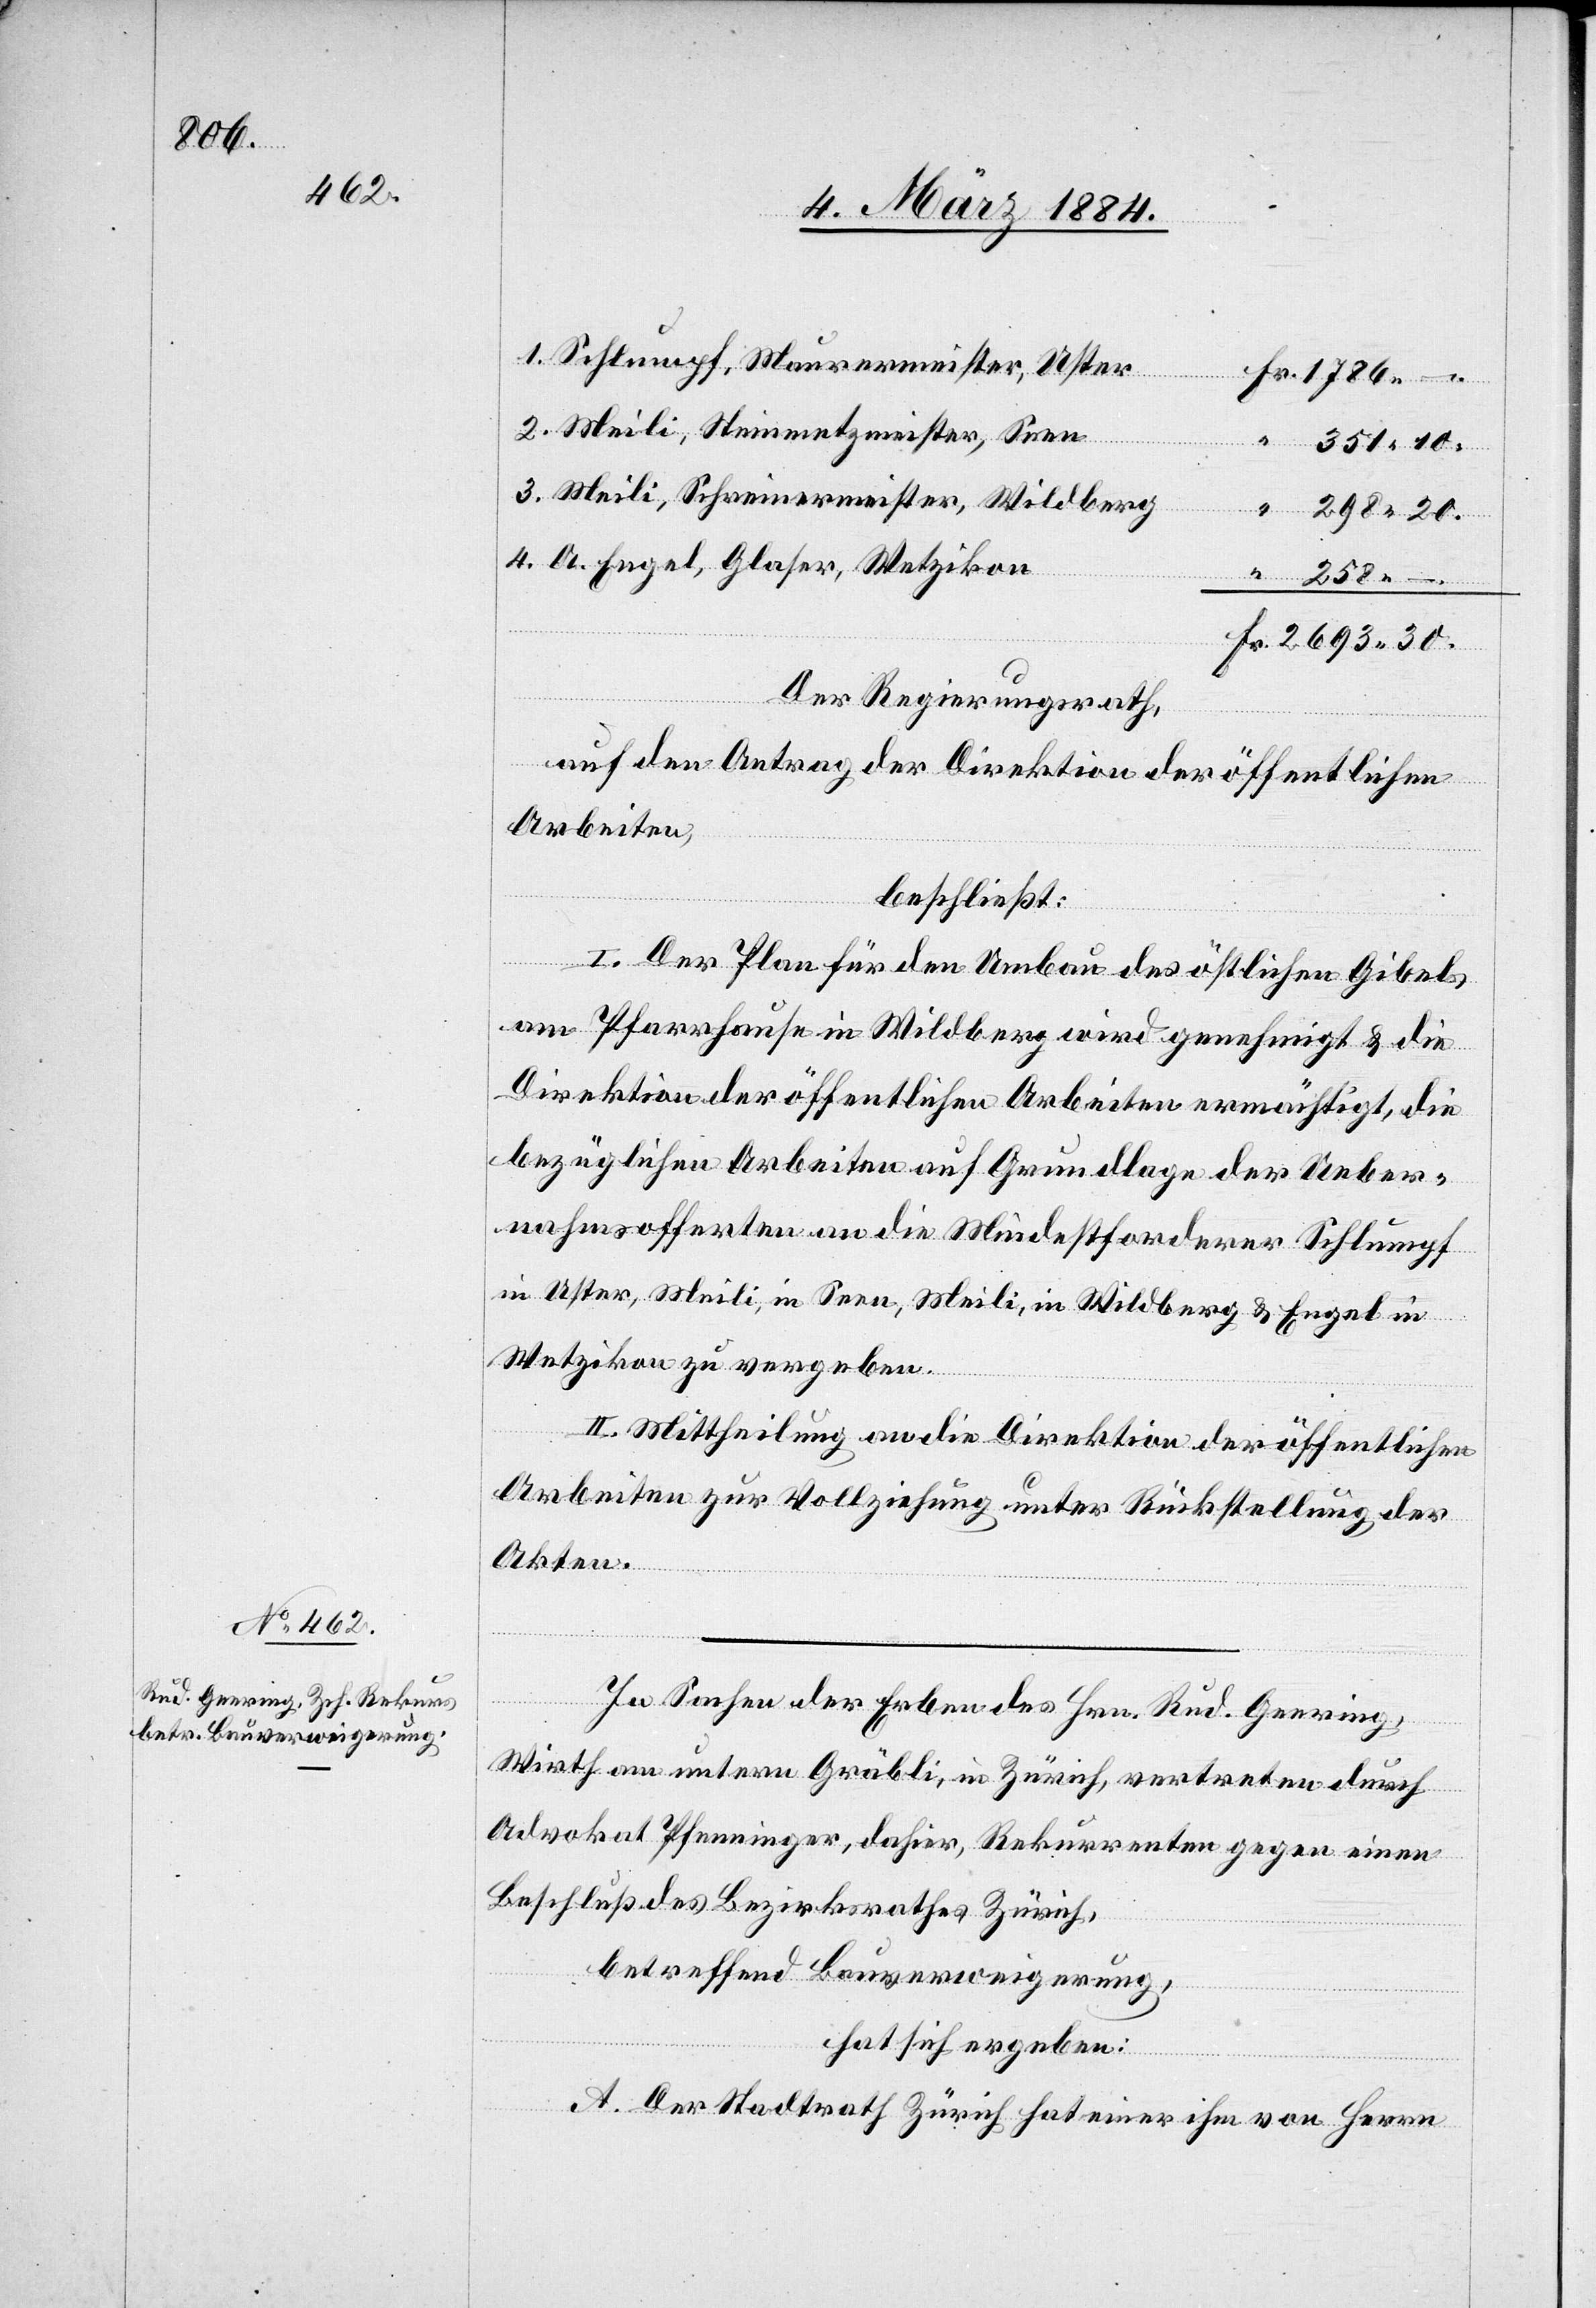
Schlumpf, Maurermeister, Uster
Meili, Steinmetzmeister, Seen
“
351 10.
Meili, Schreinermeister, Wildberg
298 20.
A. Engel, Glaser, Wetzikon
2693 30.
Der Regierungsrath,
auf den Antrag der Direktion der öffentlichen
Arbeiten,
beschließt:
I. Der Plan für den Umbau des östlichen Gibels
am Pfarrhause in Wildberg wird genehmigt & die
Direktion der öffentlichen Arbeiten ermächtigt, die
bezüglichen Arbeiten auf Grundlage der Ueber¬
nahmsofferten an die Mindestforderer Schlumpf
in Uster, Meili, in Seen, Meili, in Wildberg & Engel in
Fr.
Wetzikon zu vergeben.
II. Mittheilung an die Direktion der öffentlichen
Arbeiten zur Vollziehung unter Rückstellung der
Akten.
In Sachen der Erben des Hrn. Rud. Geering,
Wirth am untern Gräbli, in Zürich, vertreten durch
Advokat Pfenninger, dahier, Rekurrenten gegen einen
Beschluß des Bezirksrathes Zürich,
betreffend Bauverweigerung,
hat sich ergeben:
A. Der Stadtrath Zürich hat einer ihm von Herrn